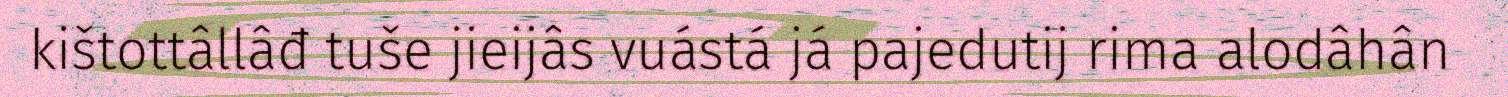
kištottâllâđ tuše jieijâs vuástá já pajedutij rima alodâhân